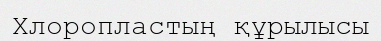
Хлоропластың құрылысы